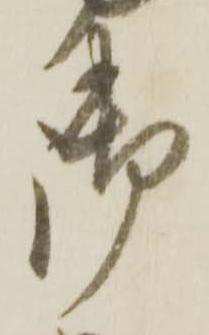
御